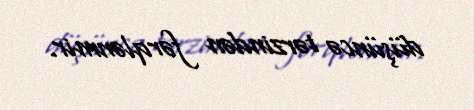
düşüncə tərzindən fərqlənmir.